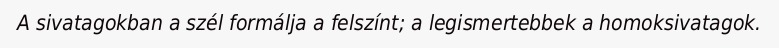
A sivatagokban a szél formálja a felszínt; a legismertebbek a homoksivatagok.